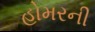
હોમરની